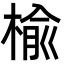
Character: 楡